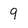
Character: 9